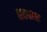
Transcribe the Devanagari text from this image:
शतवल्श